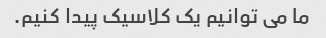
ما می توانیم یک کلاسیک پیدا کنیم.